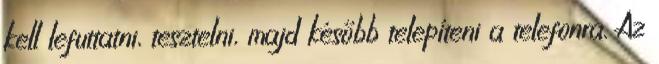
kell lefuttatni, tesztelni, majd később telepíteni a telefonra. Az